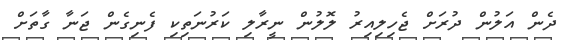
ދެން އަލުން ދުރަށް ޖެހިލިއިރު ލޮލުން ނީރާލި ކަރުނަތިކި ފެނިގެން ޖަނާ ގާތަށް